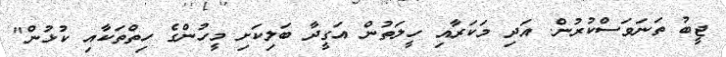
ޖީބު ތަނަވަސްކުރުން. އަދި މަކަރާއި ހީލަތުން އަގީދާ ބަލިކަށި މީހުންގެ ހިތްތަކާއި ކުޅުން"